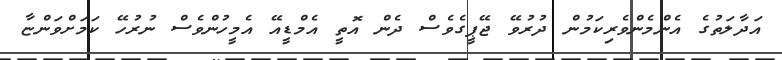
އަދާލަތުގެ އެންމެންވެރިކަމުން ދުރުވޭ ޖޭޕީގެވެސް ދެން އޮތީ އެމްޑީއޭ އެމީހުންވެސް ނުރުހޭ ކަމަށްވަންޏާ